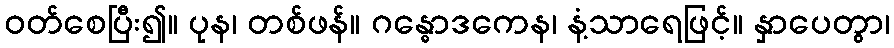
ဝတ်စေပြီး၍။ ပုန၊ တစ်ဖန်။ ဂန္ဓောဒကေန၊ နံ့သာရေဖြင့်။ နှာပေတွာ၊